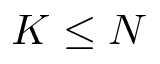
K \le N